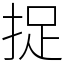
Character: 捉